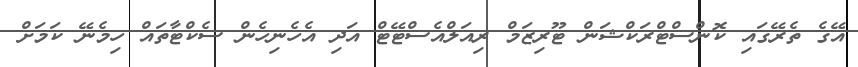
އޭގެ ތެރޭގައި ކޮންސްޓްރަކްޝަން ޓޫރިޒަމް ރިއަލްއެސްޓޭޓް އަދި އެހެނިހެން ސެކްޓާތައް ހިމެނޭ ކަމަށް